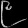
Digit: ၉